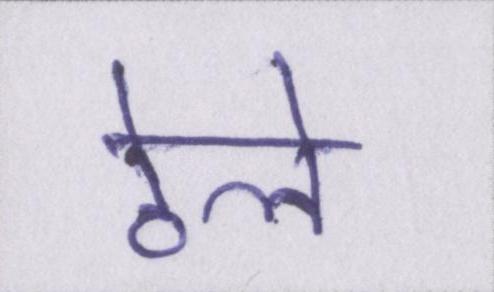
ठेले